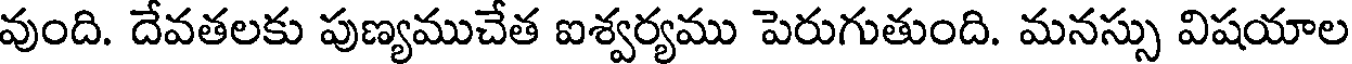
వుంది. దేవతలకు పుణ్యముచేత ఐశ్వర్యము పెరుగుతుంది. మనస్సు విషయాల